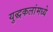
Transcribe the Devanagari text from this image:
युद्धकलांमध्ये